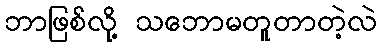
ဘာဖြစ်လို့ သဘောမတူတာတဲ့လဲ